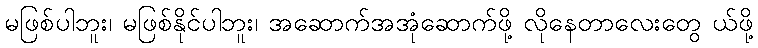
မဖြစ်ပါဘူး၊ မဖြစ်နိုင်ပါဘူး၊ အဆောက်အအုံဆောက်ဖို့ လိုနေတာလေးတွေ ယ်ဖို့